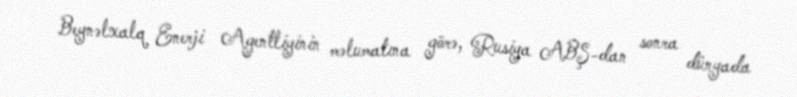
Beynəlxalq Enerji Agentliyinin məlumatına görə, Rusiya ABŞ-dan sonra dünyada